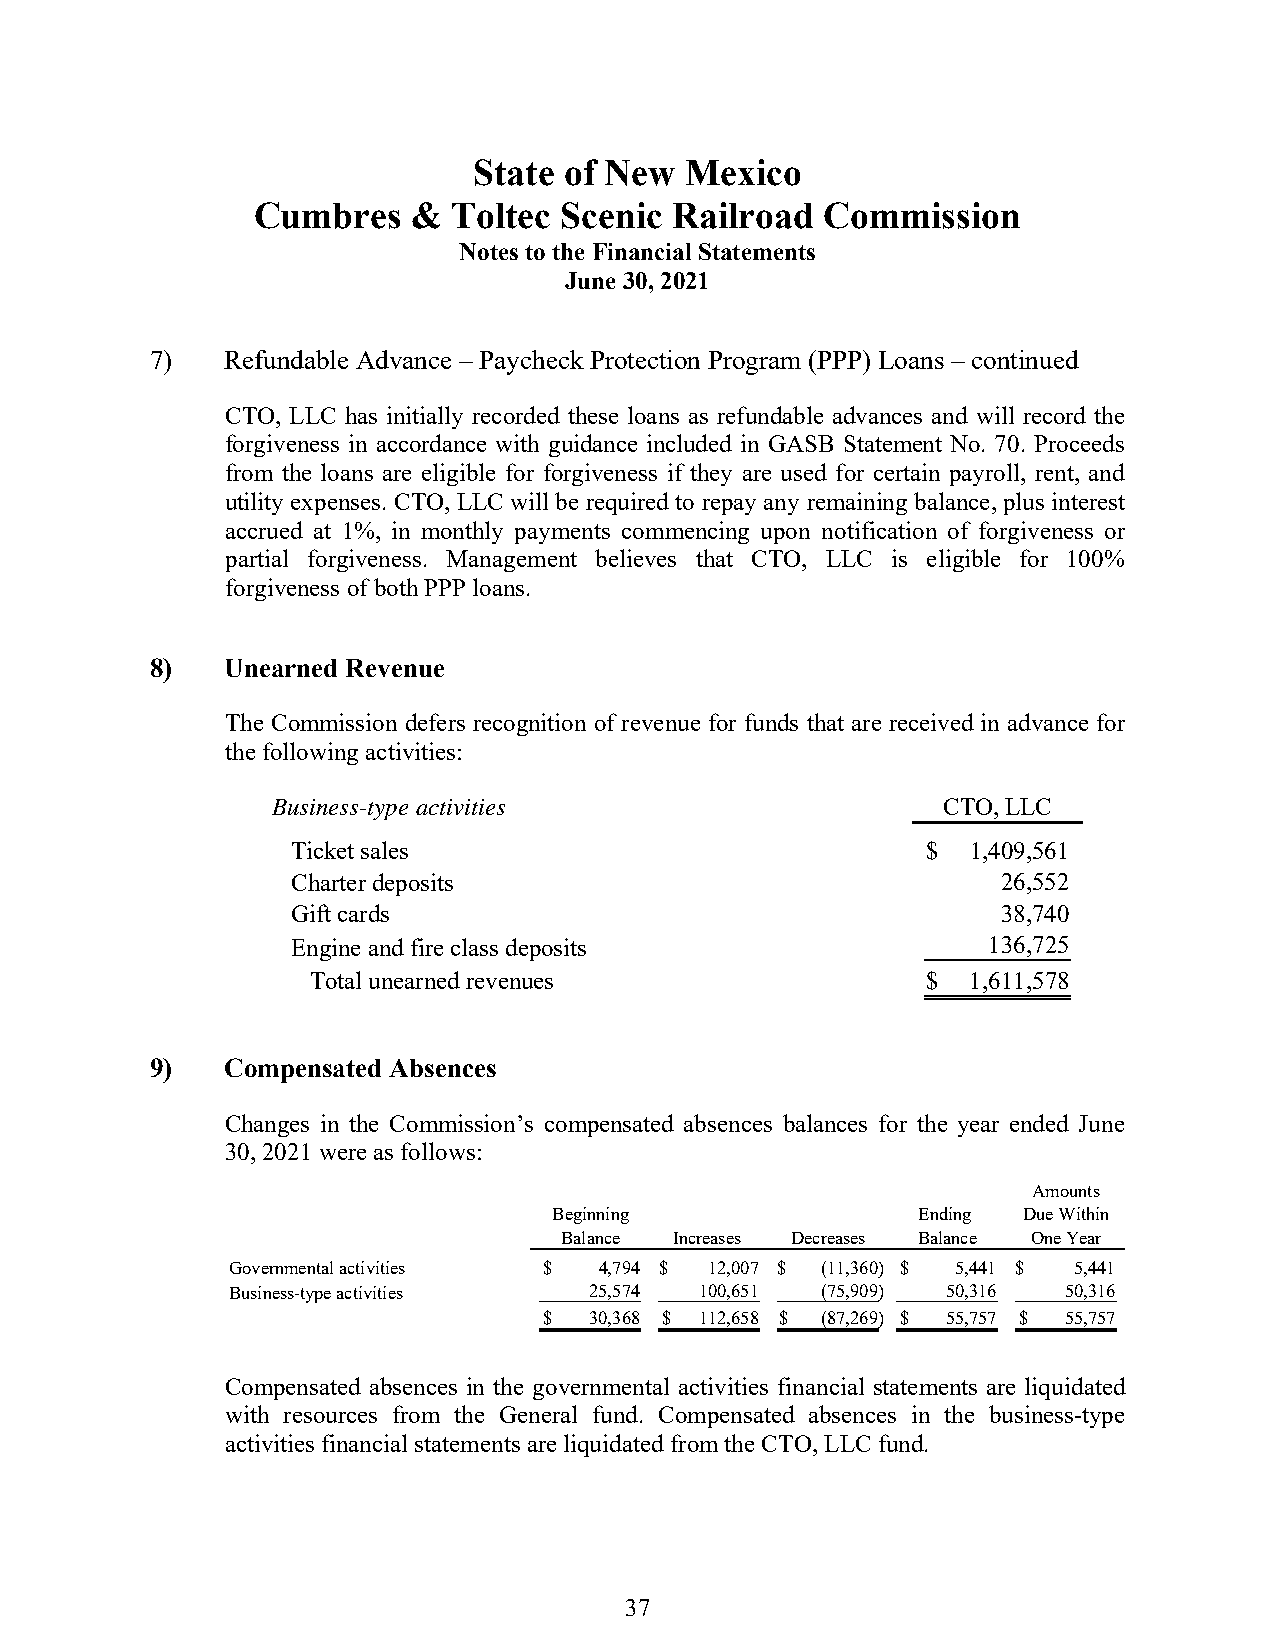
State of New  Mexico
 Cumbres   &  Toltec Scenic  Railroad  Commission
 Notes to the Financial Statements
 June 30, 2021
 7)   Refundable Advance – Paycheck Protection Program (PPP) Loans – continued
 CTO, LLC has initially recorded these loans as refundable advances and will record the
 forgiveness in accordance with guidance included in GASB Statement No. 70. Proceeds
 from the loans are eligible for forgiveness if they are used for certain payroll, rent, and
 utility expenses. CTO, LLC will be required to repay any remaining balance, plus interest
 accrued at 1%, in monthly payments commencing upon notification of forgiveness or
 partial forgiveness. Management believes that CTO, LLC is eligible for 100%
 forgiveness of both PPP loans.
 8)   Unearned Revenue
 The Commission defers recognition of revenue for funds that are received in advance for
 the following activities:
 Business-type activities                    CTO, LLC
 Ticket sales                              $  1 ,409,561
 Charter deposits                               26,552
 Gift cards                                     38,740
 Engine and fire class deposits                136,725
 Total unearned revenues                  $  1,611,578
 9)   Compensated Absences
 Changes in the Commission’s compensated absences balances for the year ended June
 30, 2021 were as follows:
 Amounts
 Beginning               Ending Due Within
 Balance Increases Decreases Balance One Year
 Governmental activities $ 4 ,794 $ 12,007 $ (11,360) $ 5 ,441 $ 5,441
 Business-type activities 25,574 100,651 (75,909) 50,316 50,316
 $  30,368 $ 112,658 $ ( 87,269) $ 5 5,757 $ 5 5,757
 Compensated absences in the governmental activities financial statements are liquidated
 with resources from the General fund. Compensated absences in the business-type
 activities financial statements are liquidated from the CTO, LLC fund.
 37